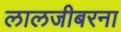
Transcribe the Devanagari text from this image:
लालजीबरना